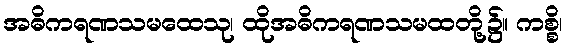
အဓိကရဏသမထေသု၊ ထိုအဓိကရဏသမထတို့၌။ ကစ္စိ၊